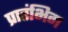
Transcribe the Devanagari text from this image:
प्रारंभिग